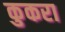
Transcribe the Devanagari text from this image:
कुकरा